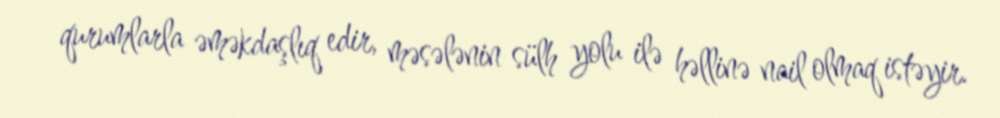
qurumlarla əməkdaşlıq edir, məsələnin sülh yolu ilə həllinə nail olmaq istəyir.